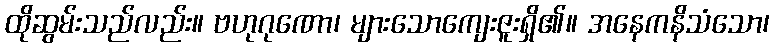
ထိုဆွမ်းသည်လည်း။ ဗဟုဂုဏော၊ များသောကျေးဇူးရှိ၏။ အနေကနိသံသော၊